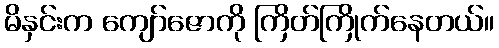
မိနှင်းက ကျော်ဇောကို ကြိတ်ကြိုက်နေတယ်။